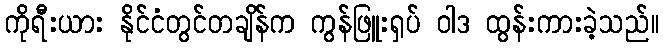
ကိုရီးယား နိုင်ငံတွင်တချိန်က ကွန်ဖြူးရှပ် ဝါဒ ထွန်းကားခဲ့သည်။